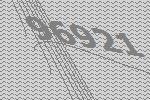
96921